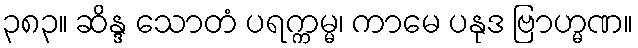
၃၈၃။ ဆိန္ဒ သောတံ ပရက္ကမ္မ၊ ကာမေ ပနုဒ ဗြာဟ္မဏ။